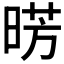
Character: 𣇷